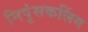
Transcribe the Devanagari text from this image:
निपुंसकलिंग